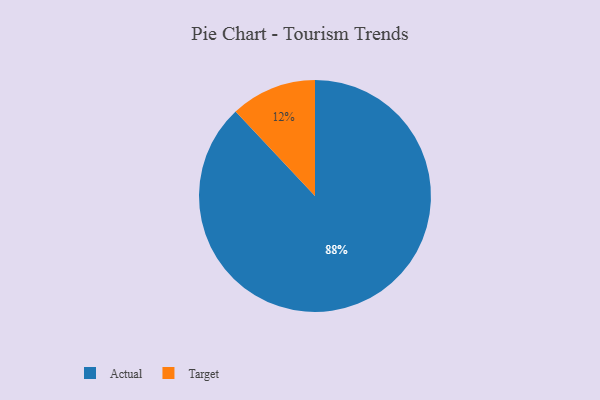
{"axis": {"x": "Category", "y": "Percentage"}, "legend": ["Actual", "Target"], "data": [{"x": "Actual", "y": 88, "type": "Actual"}, {"x": "Target", "y": 12, "type": "Target"}]}